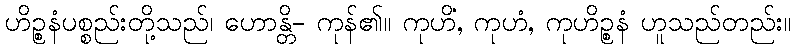
ဟိဉ္စနံပစ္စည်းတို့သည်၊ ဟောန္တိ- ကုန်၏။ ကုဟိံ, ကုဟံ, ကုဟိဉ္စနံ ဟူသည်တည်း။